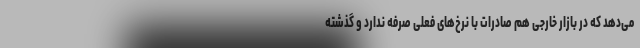
می‌دهد که در بازار خارجی هم صادرات با نرخ‌های فعلی صرفه ندارد و گذشته